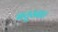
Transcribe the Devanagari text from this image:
ऋतुस्नात